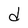
Character: d